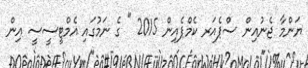
ޔަންމާ ޖެނުއިން ސްޕެއަރ ކެމްޕެއިން 2015 " ގެ ނަމުގައި އެމްޓީސީސީ އިން